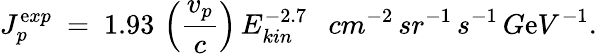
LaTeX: J_{p}^{\mathrm{e}xp}\ =\ 1.93\, \left(\frac{{v_{p}}}{{c}}\right)\, E_{kin}^{-2.7}\ \ \ cm^{-2}\, sr^{-1}\, s^{-1}\, G\mathrm{e}V^{-1}.